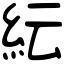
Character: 紜